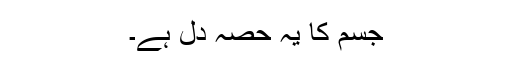
جسم کا یہ حصہ دل ہے۔